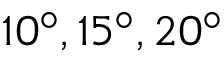
1 0 ^ { \circ } , 1 5 ^ { \circ } , 2 0 ^ { \circ }